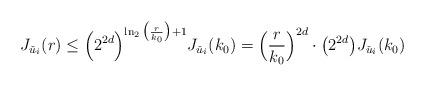
LaTeX: \begin{align*}J_{\check{u}_i}(r)\leq \Big(2^{2d}\Big)^{\ln_2\big(\frac{r}{k_0}\big)+ 1} J_{\check{u}_i}(k_0)= \Big(\frac{r}{k_0}\Big)^{2d}\cdot \big(2^{2d}\big) J_{\check{u}_i}(k_0) \end{align*}